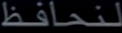
محافظ